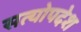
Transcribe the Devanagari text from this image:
सत्योपदेश